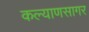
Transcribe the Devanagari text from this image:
कल्याणसागर